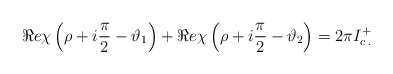
\begin{align*}\Re e\chi \left( \rho +i\displaystyle\frac{\pi }{2}-\vartheta _{1}\right) +\Re e\chi \left( \rho +i\displaystyle\frac{\pi }{2}-\vartheta _{2}\right) =2\pi I^{+}_{c\: .}\end{align*}